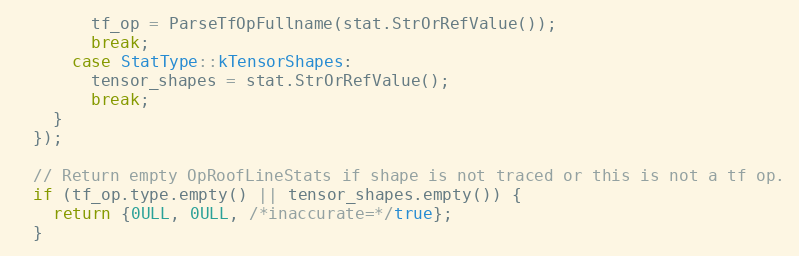
Language: C++
        tf_op = ParseTfOpFullname(stat.StrOrRefValue());
        break;
      case StatType::kTensorShapes:
        tensor_shapes = stat.StrOrRefValue();
        break;
    }
  });

  // Return empty OpRoofLineStats if shape is not traced or this is not a tf op.
  if (tf_op.type.empty() || tensor_shapes.empty()) {
    return {0ULL, 0ULL, /*inaccurate=*/true};
  }